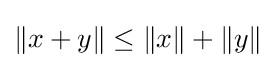
\|x+y\|\leq \|x\|+\|y\|